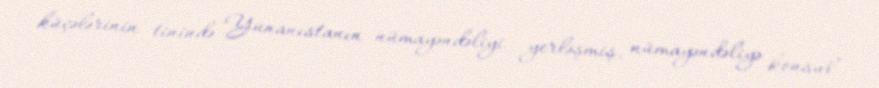
küçələrinin tinində Yunanıstanın nümayəndəliyi yerləşmiş, nümayəndəliyə konsul